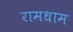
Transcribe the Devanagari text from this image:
रामधाम